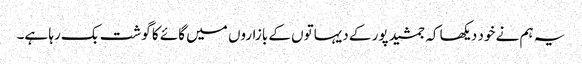
یہ ہم نے خود دیکھا کہ جمشید پور کے دیہاتوں کے بازاروں میں گائے کا گوشت بک رہا ہے۔